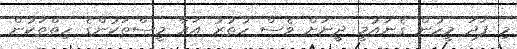
މި ފަދަ މީހުން ގެނައުމީ ދީނަށް ވެސް ހުތުރު އަރާ މީސްތަކުންގެ ހިތްތަކުން